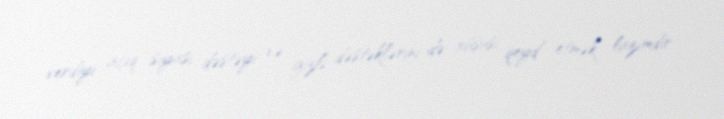
verdiyi açıq siyasi dəstəyi və gizli dəstəklərini də xüsusi qeyd etmək lazımdır.